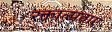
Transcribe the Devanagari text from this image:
रक्ताल्पताएं